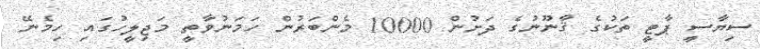
ސިޔާސީ ޕާޓީ ތަކުގެ ޤާނޫނުގެ ދަށުން 10000 މެންބަރުން ހަމަނުވާތީ މަޖިލީހުގައި ހިމެނޭ